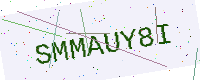
Text: SMMAUY8I